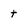
Character: t